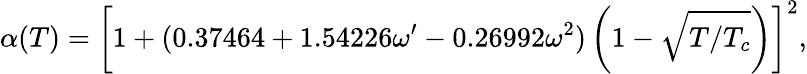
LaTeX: \alpha(T)=\left[1+(0.37464+1.54226\omega^{\prime}-0.26992\omega^{2})\left(1-\sqrt{T/T_{c}}\right)\right]^{2},